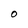
Character: 0